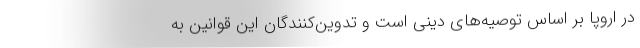
در اروپا بر اساس توصیه‌های دینی است و تدوین‌کنندگان این قوانین به